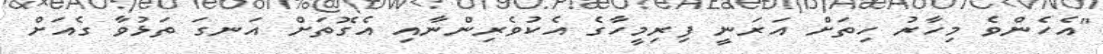
"އެހެންވެ މިހާރު ހިތަށް އަރަނީ ފިރިމީހާގެ އެކުވެރިންނާއި އެގޮތަށް އަނގަ ތަޅުވާ ގެއަށް